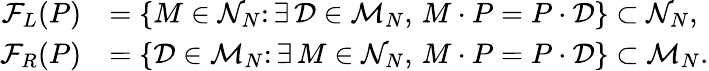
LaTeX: \begin{array}{rl}{\mathcal{F}_{L}(P)}&{=\{ M\in\mathcal{N}_{N}\colon\exists\, \mathcal{D}\in\mathcal{M}_{N},\, M\cdot P=P\cdot\mathcal{D}\} \subset\mathcal{N}_{N},}\\ {\mathcal{F}_{R}(P)}&{=\{ \mathcal{D}\in\mathcal{M}_{N}\colon\exists\, M\in\mathcal{N}_{N},\, M\cdot P=P\cdot\mathcal{D}\} \subset\mathcal{M}_{N}.}\end{array}